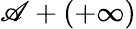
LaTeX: \mathscr{A}+(+\infty)